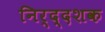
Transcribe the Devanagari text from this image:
निर्द्दशक